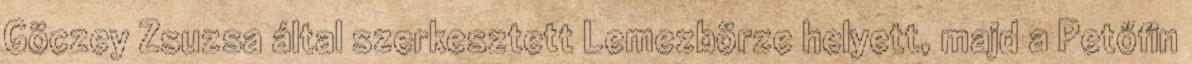
Göczey Zsuzsa által szerkesztett Lemezbörze helyett, majd a Petőfin